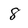
Character: 8